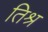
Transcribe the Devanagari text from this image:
तिश्र